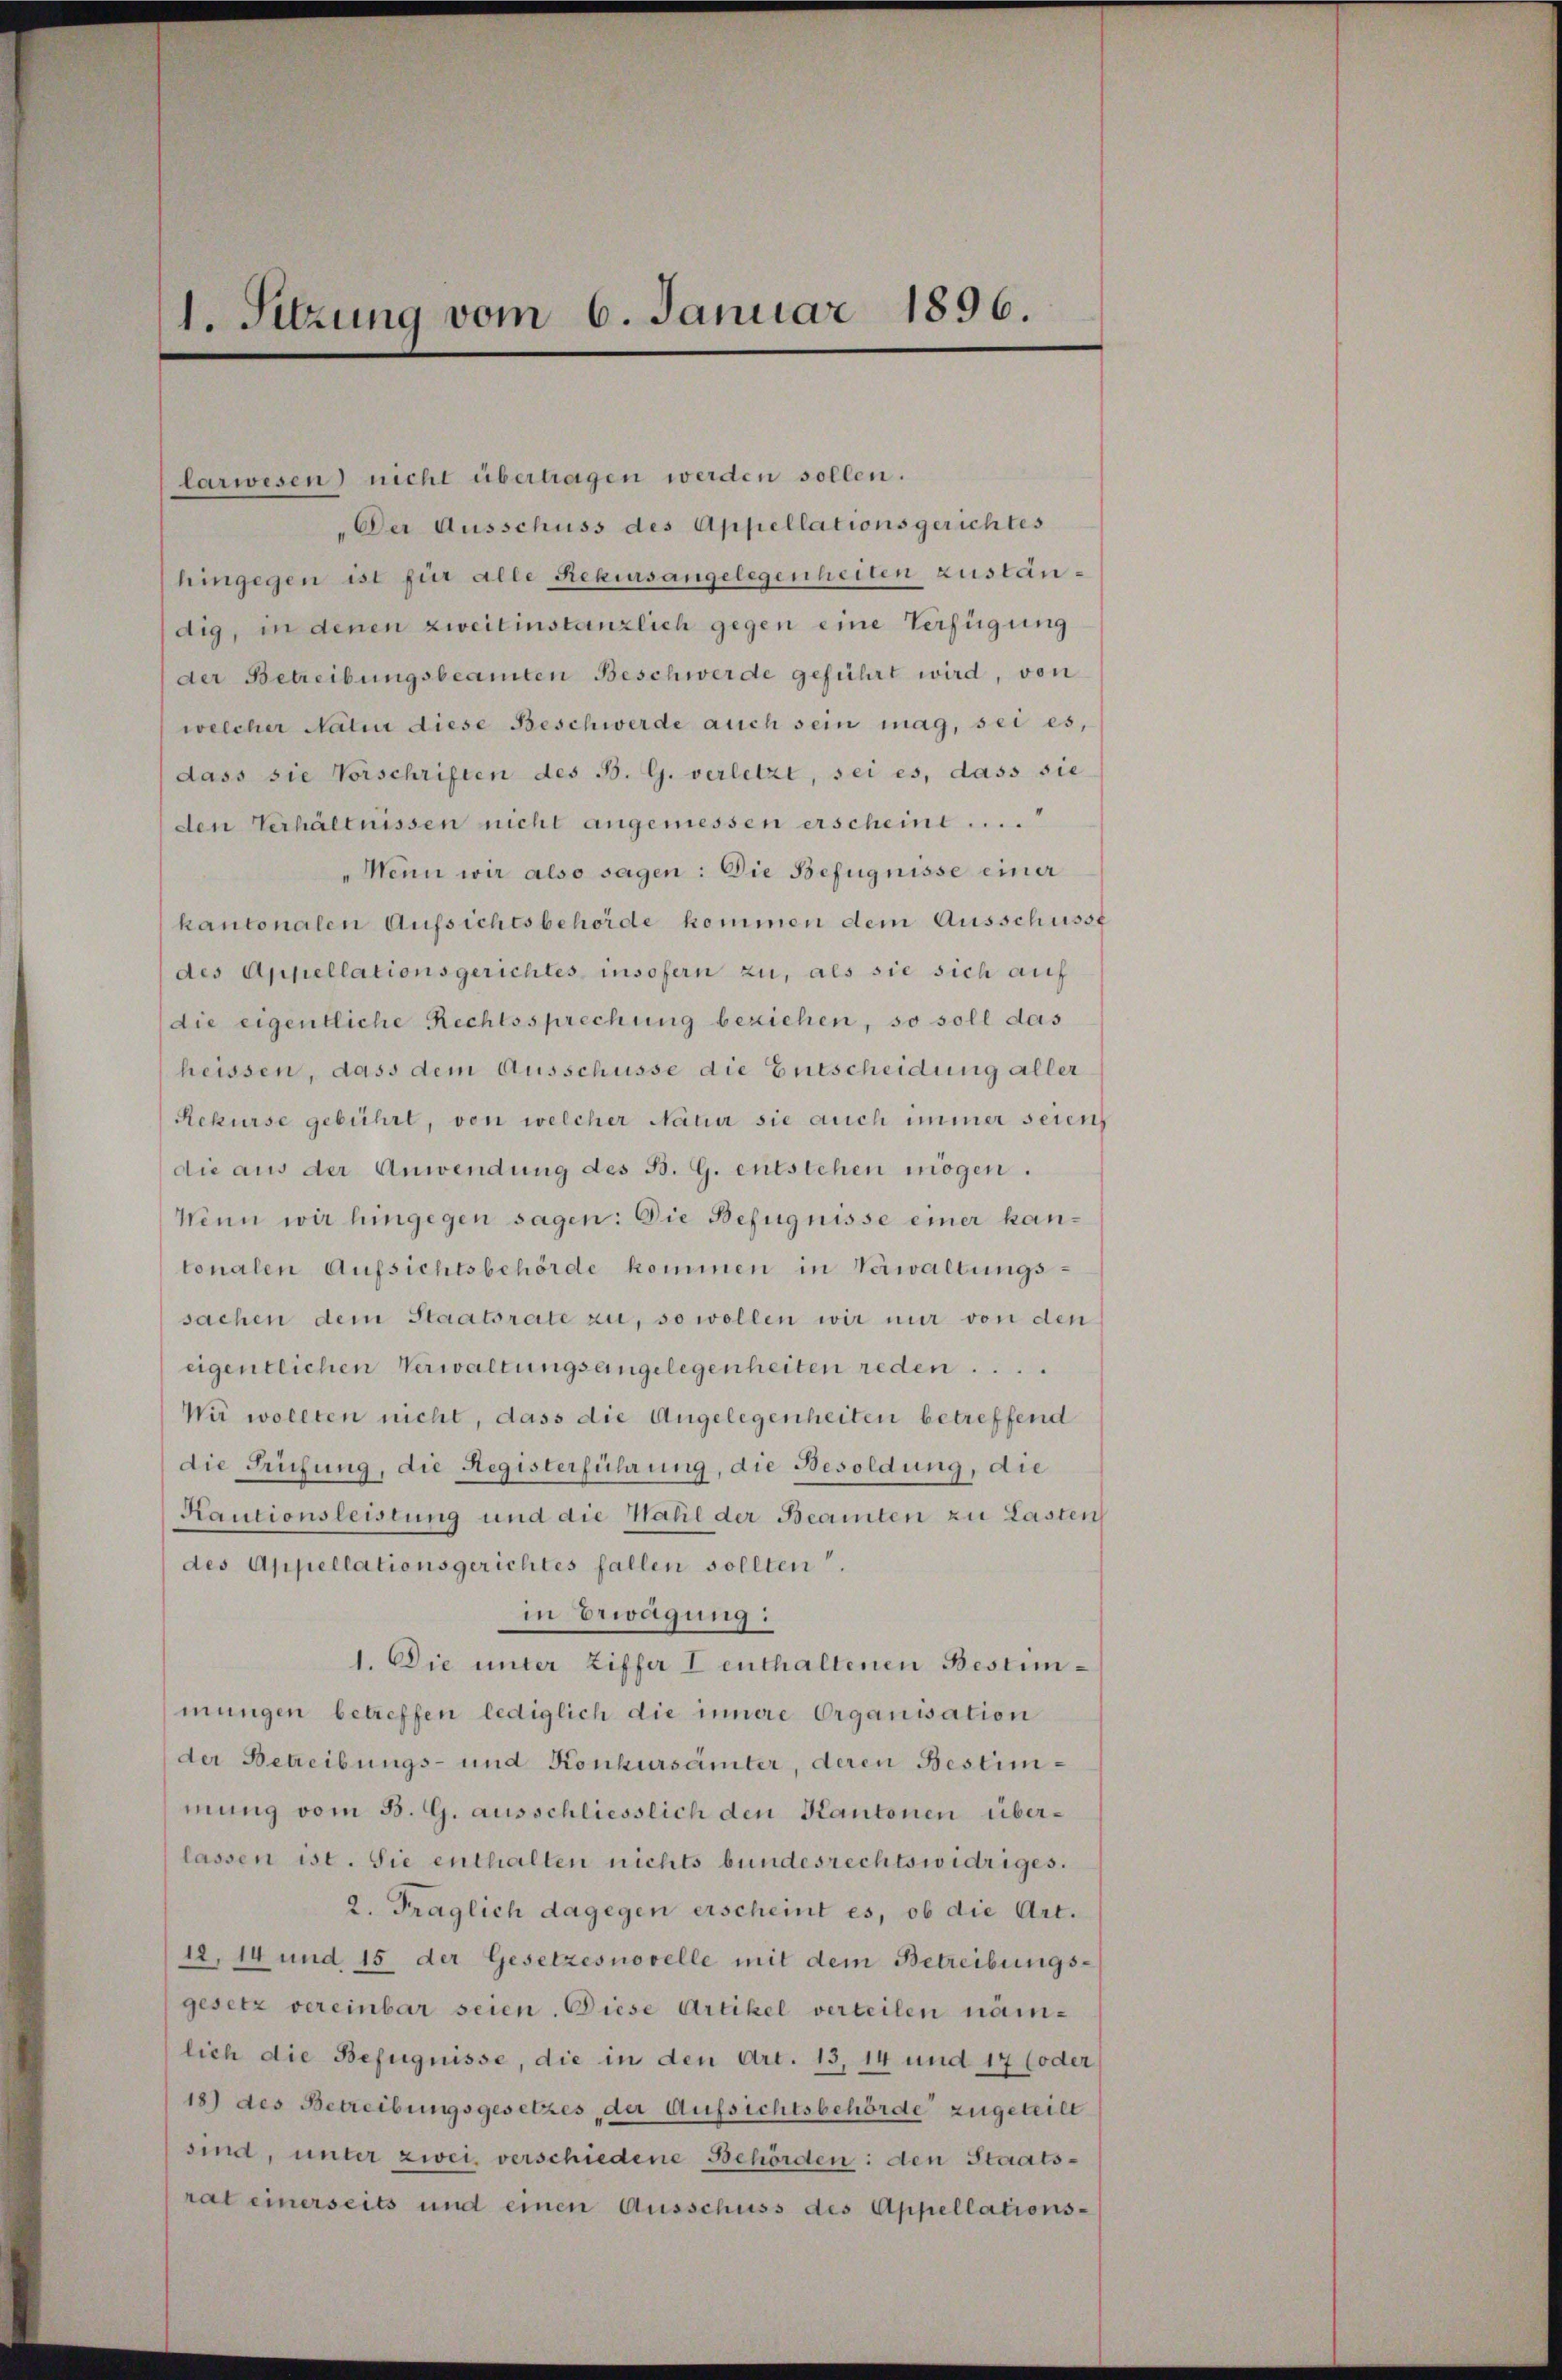
1. Sitzung vom 6. Januar 1896.

larwesen) nicht übertragen werden sollen.
Der Ausschuss des Appellationsgerichtes
hingegen ist für alle Rekursangelegenheiten zuständig, in denen zweitinstanzlich gegen eine Verfügung
der Betreibungsbeamten Beschwerde geführt wird, von
welcher Natur diese Beschwerde auch sein mag, sei es,
dass sie Vorschriften des B. G. verletzt, sei es, dass sie
den Verhältnissen nicht angemessen erscheine ....
"Wenn wir also sagen: Die Befugnisse einer
kantonalen Aufsichtsbehörde kommen dem Ausschusse
des Appellationsgerichtes insofern zu, als sie sich auf
die eigentliche Rechtssprechung beziehen, so soll das
heissen, dass dem Ausschüsse die Entscheidung aller
Rekurse gebührt, von welcher Natur sie auch immer seien
die aus der Anwendung des B. G. entstehen mögen.
Wenn wir hingegen sagen: Die Befugnisse einer kantonalen Aufsichtsbehörde kommen in Verwaltungs-
sachen dem Staatsrate zu, so wollen wir nur von den
eigentlichen Verwaltungsangelegenheiten reden
Wir wollten nicht, dass die Angelegenheiten betreffend
die Prüfung, die Registerführung, die Besoldung, die
Kautionsleistung und die Wahl der Beamten zu Lasten
des Appellationsgerichtes fallen sollten.
in Erwägung:
1. Die unter Ziffer I enthaltenen Bestimmungen betreffen lediglich die innere Organisation
der Betreibungs- und Konkursämter, deren Bestimmung vom B. G. ausschliesslich den Kantonen überlassen ist. Sie enthalten nichts bundesrechtswidriges.
2. Fraglich dagegen erscheint es, ob die Art.
18, 14 und 15 der Gesetzesnovelle mit dem Betreibungs-
gesetz vereinbar seien. Diese Artikel verteilen nämlich die Befugnisse, die in den Art. 13, 14 und 17 (oder
18) des Betreibungsgesetzes der Aufsichtsbehörde zugeteilt
sind, unter zwei verschiedene Behörden: den Staatsrat einerseits und einen Ausschuss des Appellations-